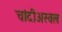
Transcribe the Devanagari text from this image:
चांदीअस्वल